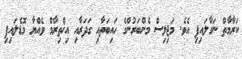
ކަރާމާތް ނަގާލައިފި އެވެ. މަޖިލިސް މެންބަރުންގެ ހައިބަތާއި ގަދަރާއި އިޚްތިރާމް ވެއްޔާ މޮޑެލައިފި